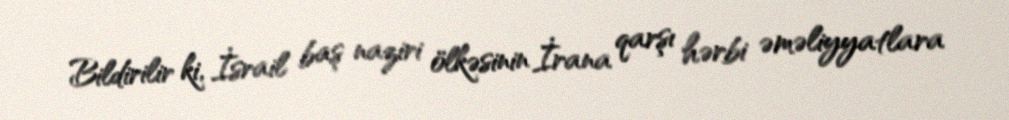
Bildirilir ki, İsrail baş naziri ölkəsinin İrana qarşı hərbi əməliyyatlara